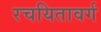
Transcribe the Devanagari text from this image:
रचयितावर्ग